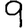
Digit: 9